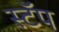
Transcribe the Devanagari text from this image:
स्टॅप